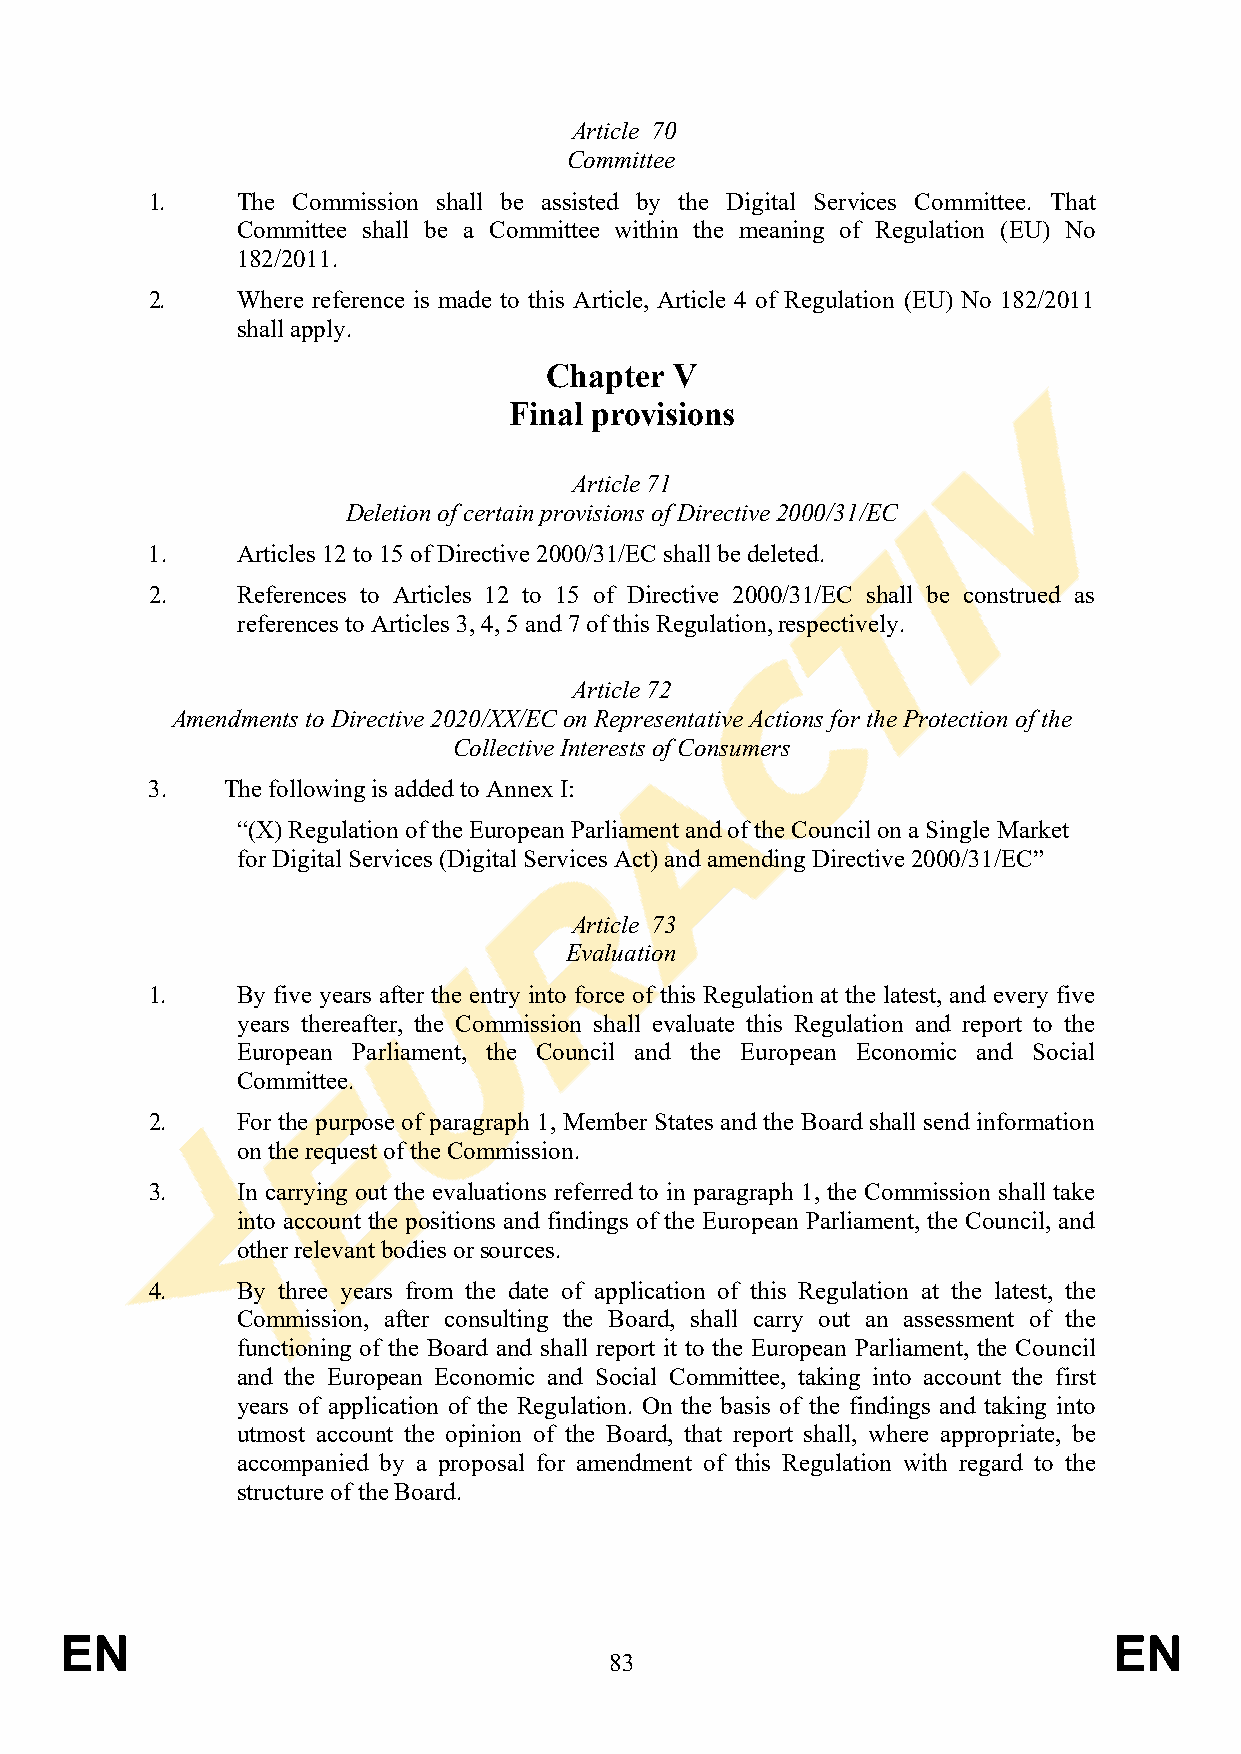
Article 70
 Committee
 1.    The Commission shall be assisted by the Digital Services Committee. That
 Committee shall be a Committee within the meaning of Regulation (EU) No
 182/2011.
 2.    Where reference is made to this Article, Article 4 of Regulation (EU) No 182/2011
 shall apply.
 Chapter  V
 Final provisions
 Article 71
 Deletion of certain provisions of Directive 2000/31/EC
 1.    Articles 12 to 15 of Directive 2000/31/EC shall be deleted.
 2.    References to Articles 12 to 15 of Directive 2000/31/EC shall be construed as
 references to Articles 3, 4, 5 and 7 of this Regulation, respectively.
 Article 72
 Amendments to Directive 2020/XX/EC on Representative Actions for the Protection of the
 Collective Interests of Consumers
 3.   The following is added to Annex I:
 “(X) Regulation of the European Parliament and of the Council on a Single Market
 for Digital Services (Digital Services Act) and amending Directive 2000/31/EC”
 Article 73
 Evaluation
 1.    By five years after the entry into force of this Regulation at the latest, and every five
 years thereafter, the Commission shall evaluate this Regulation and report to the
 European Parliament, the Council and the European Economic and Social
 Committee.
 2.    For the purpose of paragraph 1, Member States and the Board shall send information
 on the request of the Commission.
 3.    In carrying out the evaluations referred to in paragraph 1, the Commission shall take
 into account the positions and findings of the European Parliament, the Council, and
 other relevant bodies or sources.
 4.    By three years from the date of application of this Regulation at the latest, the
 Commission, after consulting the Board, shall carry out an assessment of the
 functioning of the Board and shall report it to the European Parliament, the Council
 and the European Economic and Social Committee, taking into account the first
 years of application of the Regulation. On the basis of the findings and taking into
 utmost account the opinion of the Board, that report shall, where appropriate, be
 accompanied by a proposal for amendment of this Regulation with regard to the
 structure of the Board.
 EN                                                                    EN
 83